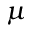
\mu